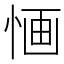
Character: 𢛯